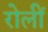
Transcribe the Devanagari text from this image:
रोलीं